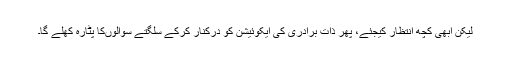
لیکن ابھی کچھ انتظار کیجئے، پھر ذات برادری کی ایکوئیشن کو درکنار کرکے سلگتے سوالوںکا پٹارہ کھلے گا۔